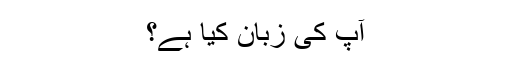
آپ کی زبان کیا ہے؟